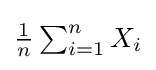
{\textstyle {\frac {1}{n}}\sum _{i=1}^{n}X_{i}}